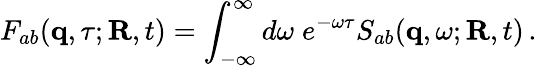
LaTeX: F_{ab}({\mathbf q},\tau;{\mathbf R},t)=\int_{-\infty}^{\infty}d\omega\; e^{-\omega\tau}S_{ab}({\mathbf q},\omega;{\mathbf R},t)\, .